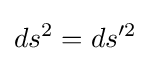
ds^{2}=ds'^{2}